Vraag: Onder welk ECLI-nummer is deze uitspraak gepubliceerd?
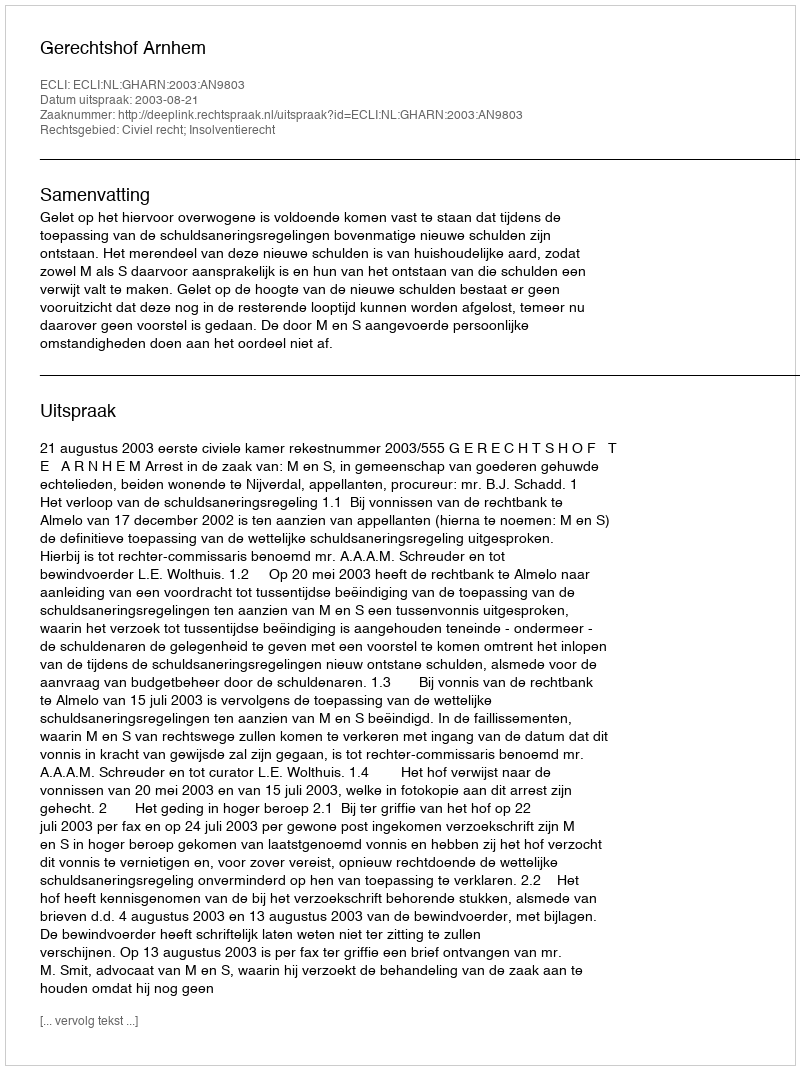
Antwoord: ECLI:NL:GHARN:2003:AN9803